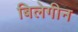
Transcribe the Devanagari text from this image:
बिलेगीन